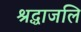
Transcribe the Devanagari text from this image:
श्रद्धाजलि